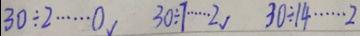
3 0 \div 2 \cdots 0 _ { √ } 3 0 \div 7 \cdots 2 _ { √ } 3 0 \div 1 4 \cdots 2